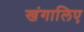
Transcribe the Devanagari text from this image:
खंगालिए